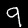
Label: 9